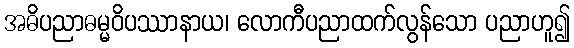
အဓိပညာဓမ္မဝိပဿာနာယ၊ လောကီပညာထက်လွန်သော ပညာဟူ၍